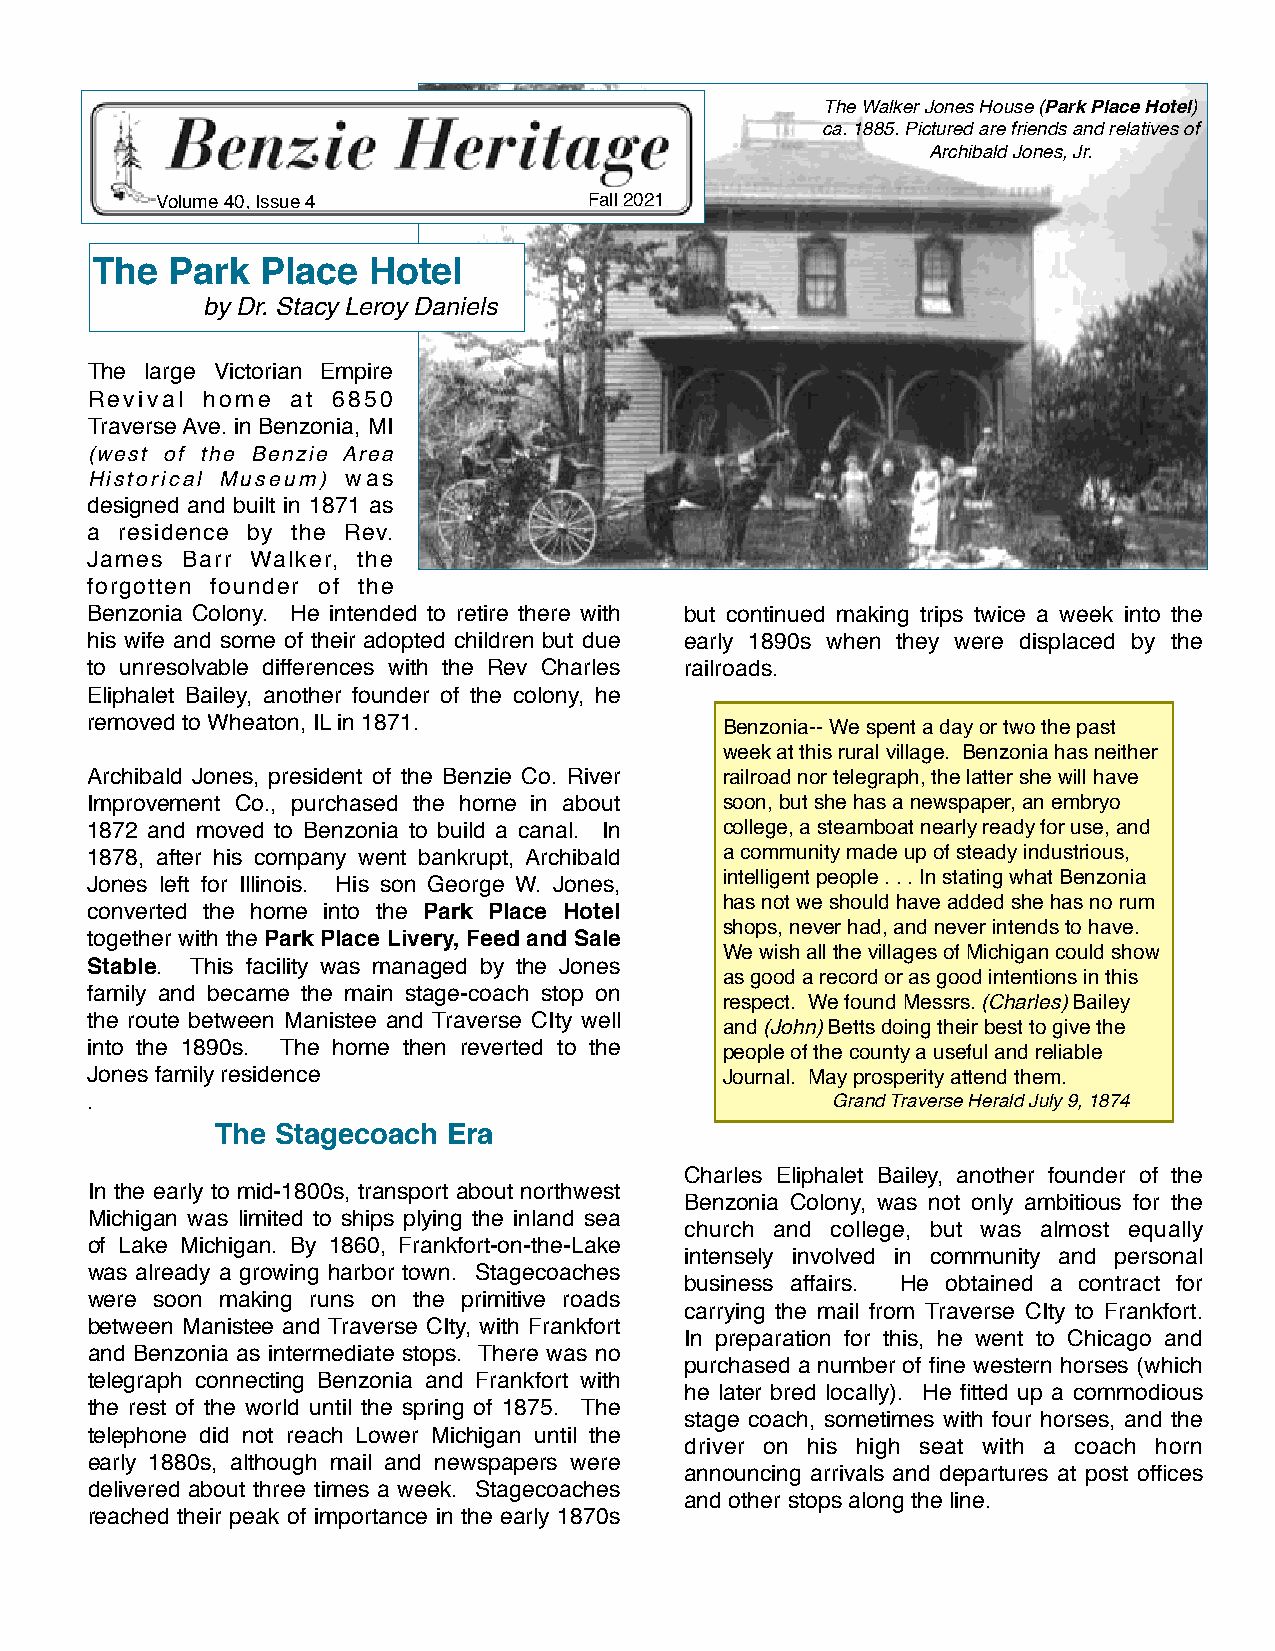
The Walker Jones House (Park Place Hotel)
 ca. 1885. Pictured are friends and relatives of
 Archibald Jones, Jr.
 Volume 40, Issue 4           Fall 2021
 The  Park  Place  Hotel
 by Dr. Stacy Leroy Daniels
 The large Victorian Empire
 Revival home at 6850
 Traverse Ave. in Benzonia, MI
 (west of the Benzie Area
 Historical Museum) was
 designed and built in 1871 as
 a residence by the Rev.
 James Barr Walker, the
 forgotten founder of the
 Benzonia Colony. He intended to retire there with but continued making trips twice a week into the
 his wife and some of their adopted children but due early 1890s when they were displaced by the
 to unresolvable differences with the Rev Charles railroads.
 Eliphalet Bailey, another founder of the colony, he
 removed to Wheaton, IL in 1871.           Benzonia-- We spent a day or two the past
 week at this rural village. Benzonia has neither
 Archibald Jones, president of the Benzie Co. River railroad nor telegraph, the latter she will have
 Improvement Co., purchased the home in about soon, but she has a newspaper, an embryo
 1872 and moved to Benzonia to build a canal. In college, a steamboat nearly ready for use, and
 1878, after his company went bankrupt, Archibald a community made up of steady industrious,
 intelligent people . . . In stating what Benzonia
 Jones left for Illinois. His son George W. Jones,
 has not we should have added she has no rum
 converted the home into the Park Place Hotel
 shops, never had, and never intends to have.
 together with the Park Place Livery, Feed and Sale
 We wish all the villages of Michigan could show
 Stable. This facility was managed by the Jones
 as good a record or as good intentions in this
 family and became the main stage-coach stop on
 respect. We found Messrs. (Charles) Bailey
 the route between Manistee and Traverse CIty well
 and (John) Betts doing their best to give the
 into the 1890s. The home then reverted to the people of the county a useful and reliable
 Jones family residence                    Journal. May prosperity attend them.
 .                                                Grand Traverse Herald July 9, 1874
 The Stagecoach  Era
 Charles Eliphalet Bailey, another founder of the
 In the early to mid-1800s, transport about northwest
 Benzonia Colony, was not only ambitious for the
 Michigan was limited to ships plying the inland sea
 church and college, but was almost equally
 of Lake Michigan. By 1860, Frankfort-on-the-Lake
 intensely involved in community and personal
 was already a growing harbor town. Stagecoaches
 business affairs. He obtained a contract for
 were soon making runs on the primitive roads
 carrying the mail from Traverse CIty to Frankfort.
 between Manistee and Traverse CIty, with Frankfort
 In preparation for this, he went to Chicago and
 and Benzonia as intermediate stops. There was no
 purchased a number of fine western horses (which
 telegraph connecting Benzonia and Frankfort with
 he later bred locally). He fitted up a commodious
 the rest of the world until the spring of 1875. The
 stage coach, sometimes with four horses, and the
 telephone did not reach Lower Michigan until the
 driver on his high seat with a coach horn
 early 1880s, although mail and newspapers were
 announcing arrivals and departures at post offices
 delivered about three times a week. Stagecoaches
 and other stops along the line.
 reached their peak of importance in the early 1870s